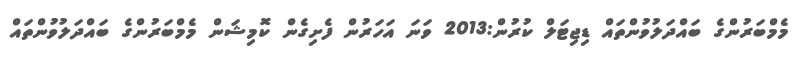
މެމްބަރުންގެ ބައްދަލުވުންތައް ޑިޖިޓަލް ކުރުން:2013 ވަނަ އަހަރުން ފެށިގެން ކޮމިޝަން މެމްބަރުންގެ ބައްދަލުވުންތައް